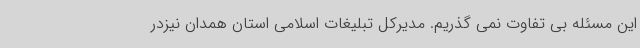
این مسئله بی تفاوت نمی گذریم. مدیرکل تبلیغات اسلامی استان همدان نیزدر